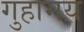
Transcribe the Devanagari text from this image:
गुहामय